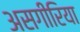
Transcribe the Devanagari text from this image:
असगीरिया